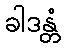
ခါဒန္တံ